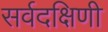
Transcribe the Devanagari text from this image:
सर्वदक्षिणी